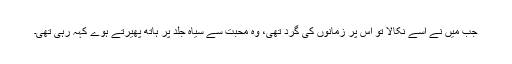
جب میں نے اسے نکالا تو اس پر زمانوں کی گرد تھی، وہ محبت سے سیاہ جلد پر ہاتھ پھیرتے ہوے کہہ رہی تھی۔